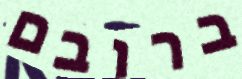
ברובם